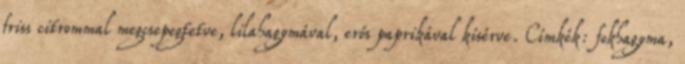
friss citrommal megcsepegtetve, lilahagymával, erős paprikával kísérve. Címkék: fokhagyma,